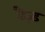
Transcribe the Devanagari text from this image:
डैज़्ड